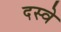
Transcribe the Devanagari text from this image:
दस्वे